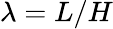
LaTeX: \lambda=L/H